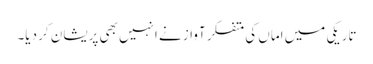
تاریکی میں اماں کی متفکر آواز نے انہیں بھی پریشان کر دیا۔